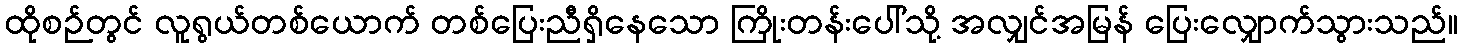
ထိုစဉ်တွင် လူရွယ်တစ်ယောက် တစ်ပြေးညီရှိနေသော ကြိုးတန်းပေါ်သို့ အလျှင်အမြန် ပြေးလျှောက်သွားသည်။